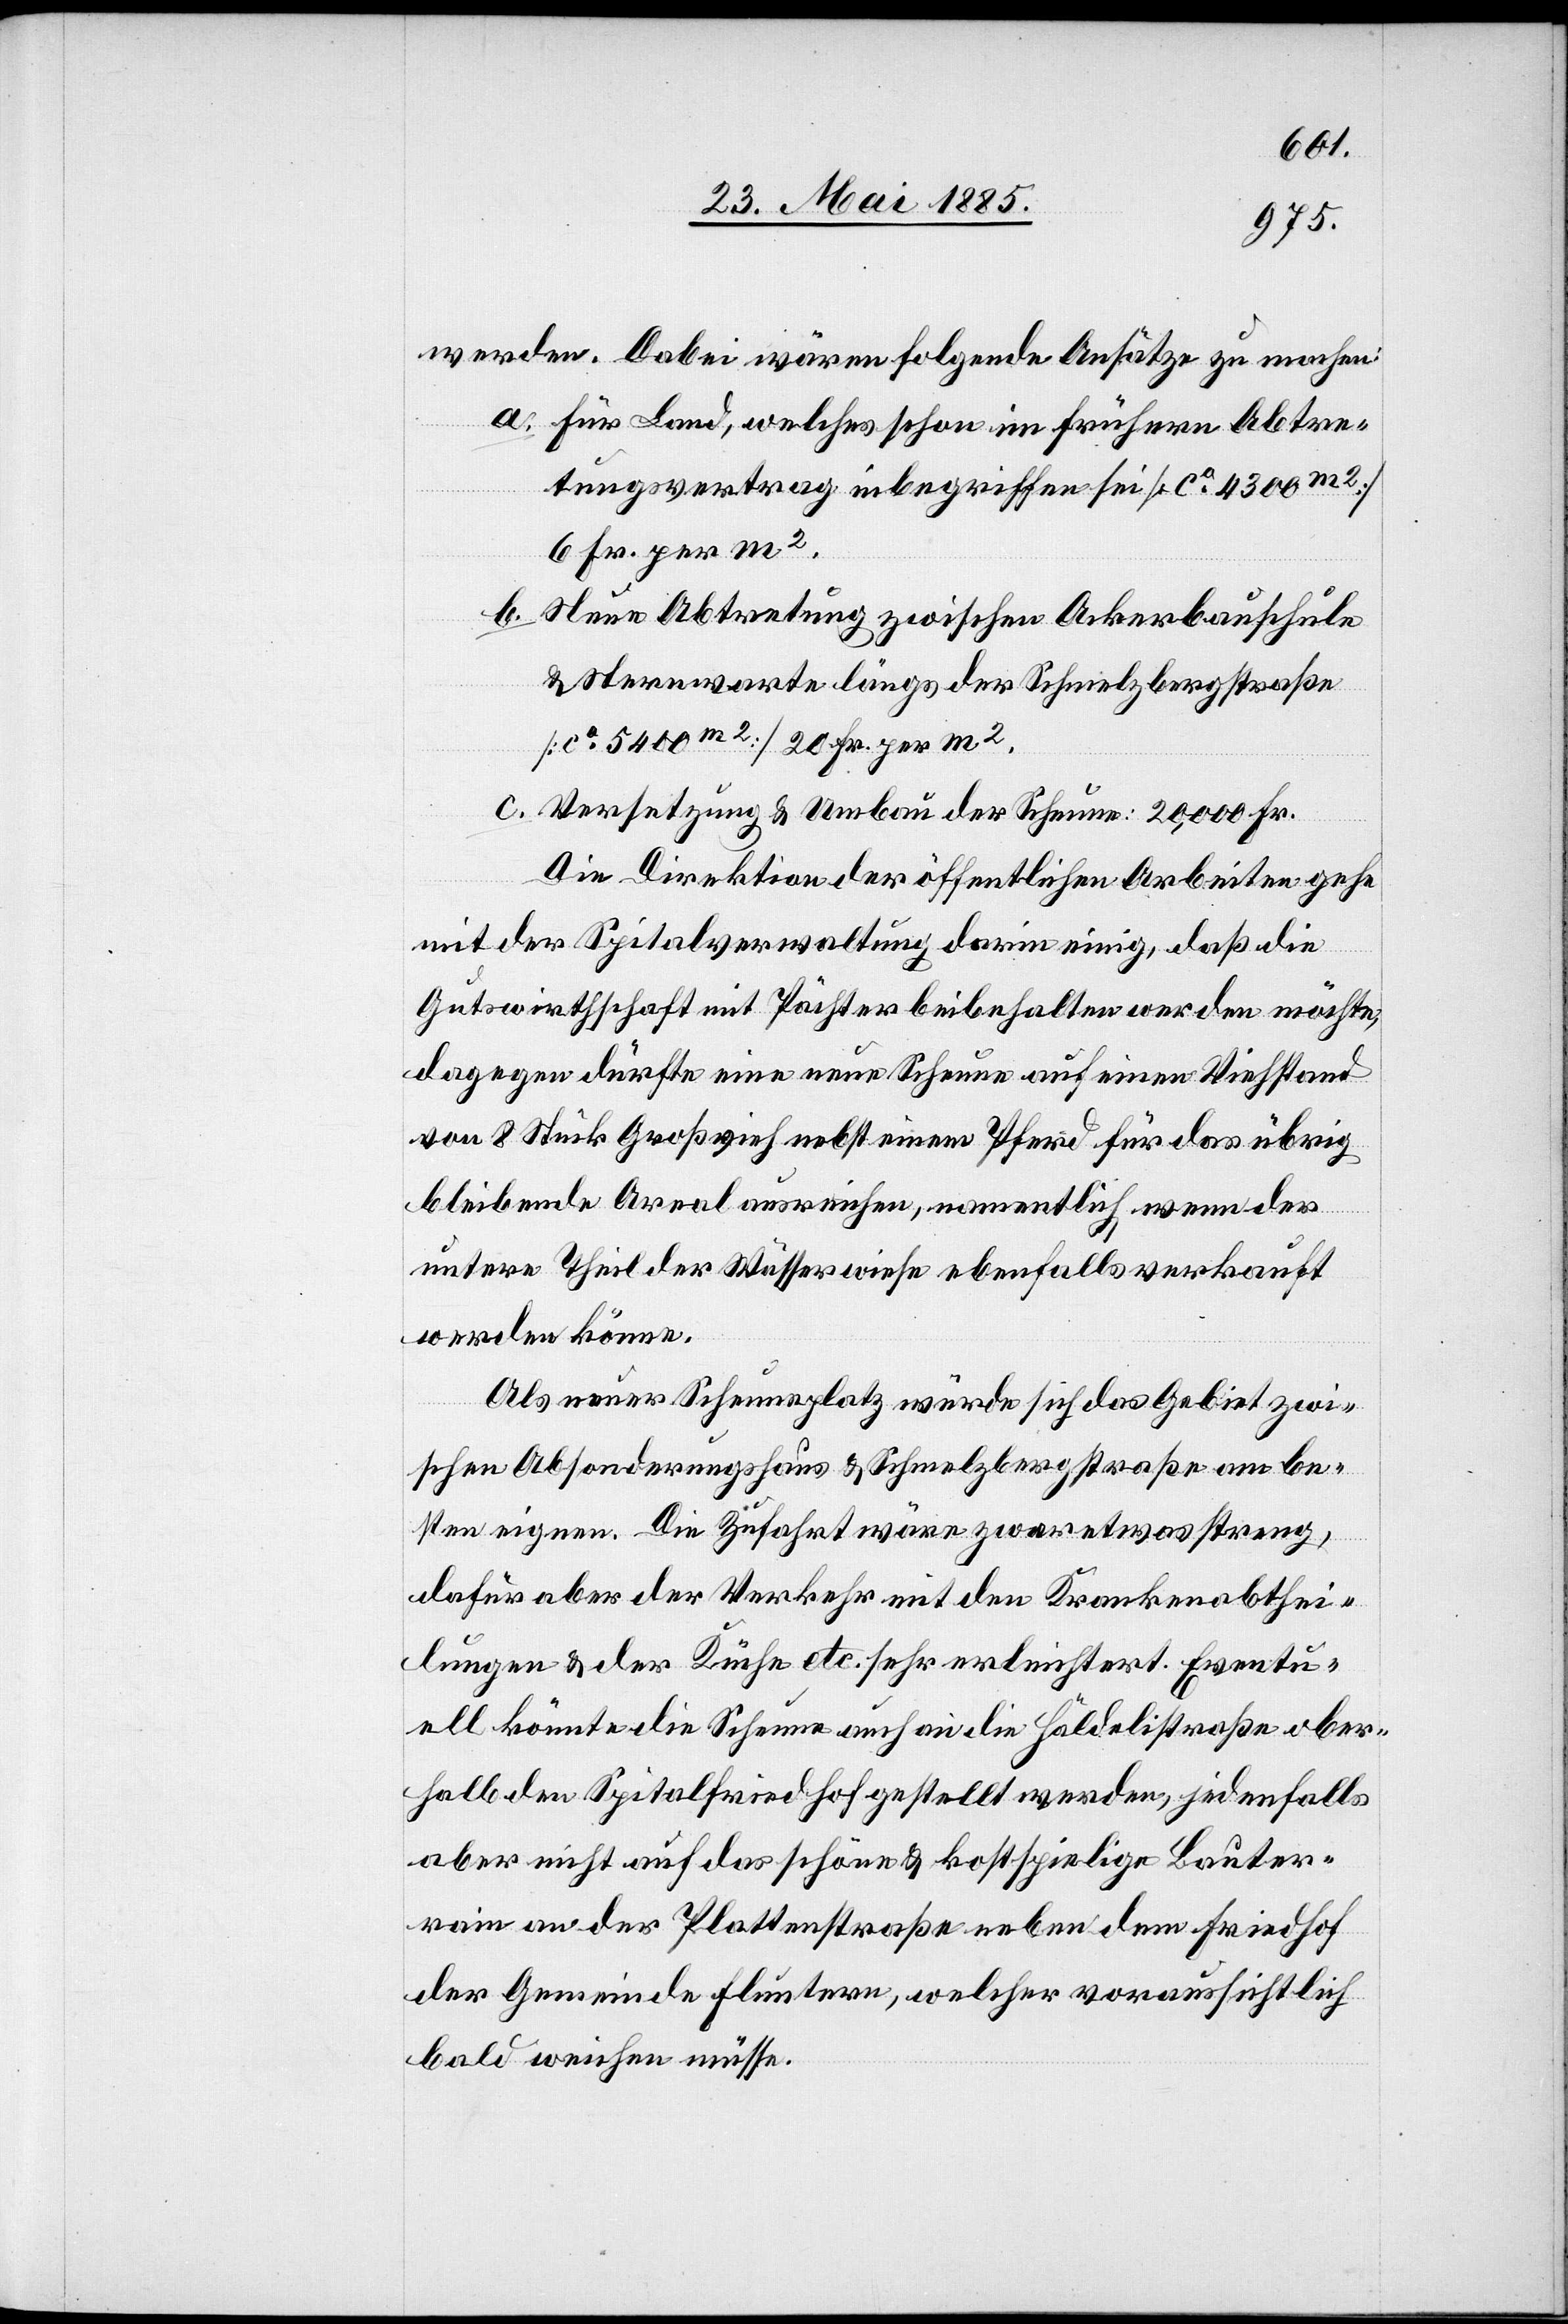
werden. Dabei wären folgende Ansätze zu machen:
a. Für Land, welches schon im frühern Abtre¬
tungsvertrag inbegriffen sei [ca 4300 m2]
6 Fr. per m2.
b. Neue Abtretung zwischen Ackerbauschule
& Sternwarte längs der Schmelzbergstraße
[ca 5400 m2] 20 Fr. per m2.
c. Versetzung & Umbau der Scheune: 20,000 Fr.
Die Direktion der öffentlichen Arbeiten gehe
mit der Spitalverwaltung darin einig, daß die
Gutswirtschaft mit Pächter beibehalten werden möchte,
dagegen dürfte eine neue Scheune auf einen Viehstand
von 8 Stück Großvieh nebst einem Pferd für das übrig
bleibende Areal ausreichen, namentlich wenn der
untere Theil der Wässerwiese ebenfalls verkauft
werden könne.
Als neuer Scheunenplatz würde sich das Gebiet zwi¬
schen Absonderungshaus & Schmelzbergstraße am be¬
sten eignen. Die Zufahrt wäre zwar etwas streng,
dafür aber der Verkehr mit den Krankenabthei¬
lungen & der Kühe etc. sehr erleichtert. Eventu¬
ell könnte die Scheune auch an die Häldelistraße ober¬
halb den Spitalfriedhof gestellt werden, jedenfalls
aber nicht auf das schöne & kostspielige Bauter¬
rain an der Plattenstraße neben dem Friedhof
der Gemeinde Fluntern, welcher voraussichtlich
bald weichen müsse.